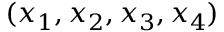
( x _ { 1 } , x _ { 2 } , x _ { 3 } , x _ { 4 } )